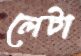
লেটা